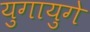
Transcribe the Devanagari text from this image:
युगायुगे